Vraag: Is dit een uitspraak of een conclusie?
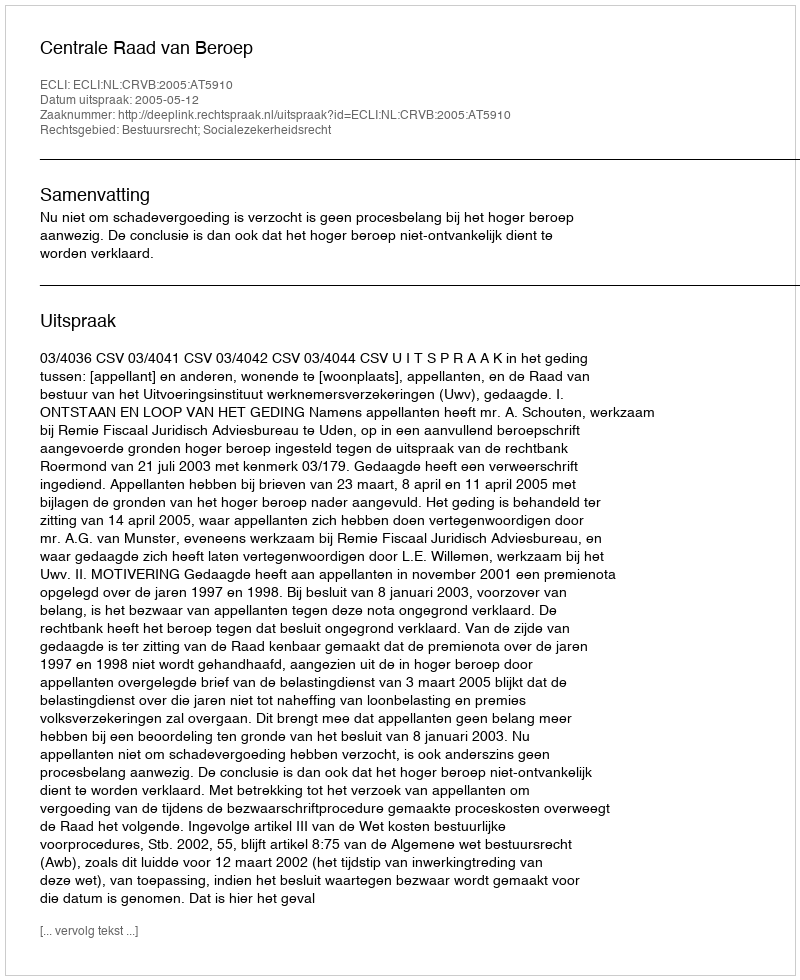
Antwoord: Uitspraak